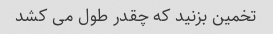
تخمین بزنید که چقدر طول می کشد